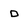
Character: D